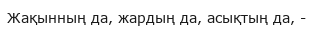
Жақынның да, жардың да, асықтың да, -